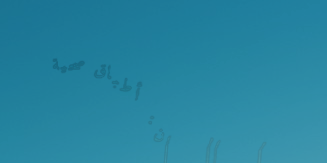
مطعم البستان: أطباق صحية